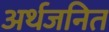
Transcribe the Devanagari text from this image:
अर्थजनित